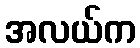
အလယ်က